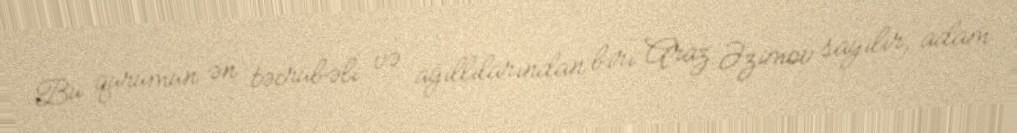
Bu qurumun ən təcrübəli və ağıllılarından biri Araz Əzimov sayılır, adam